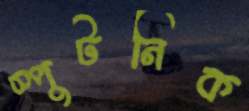
স্পুটনিক